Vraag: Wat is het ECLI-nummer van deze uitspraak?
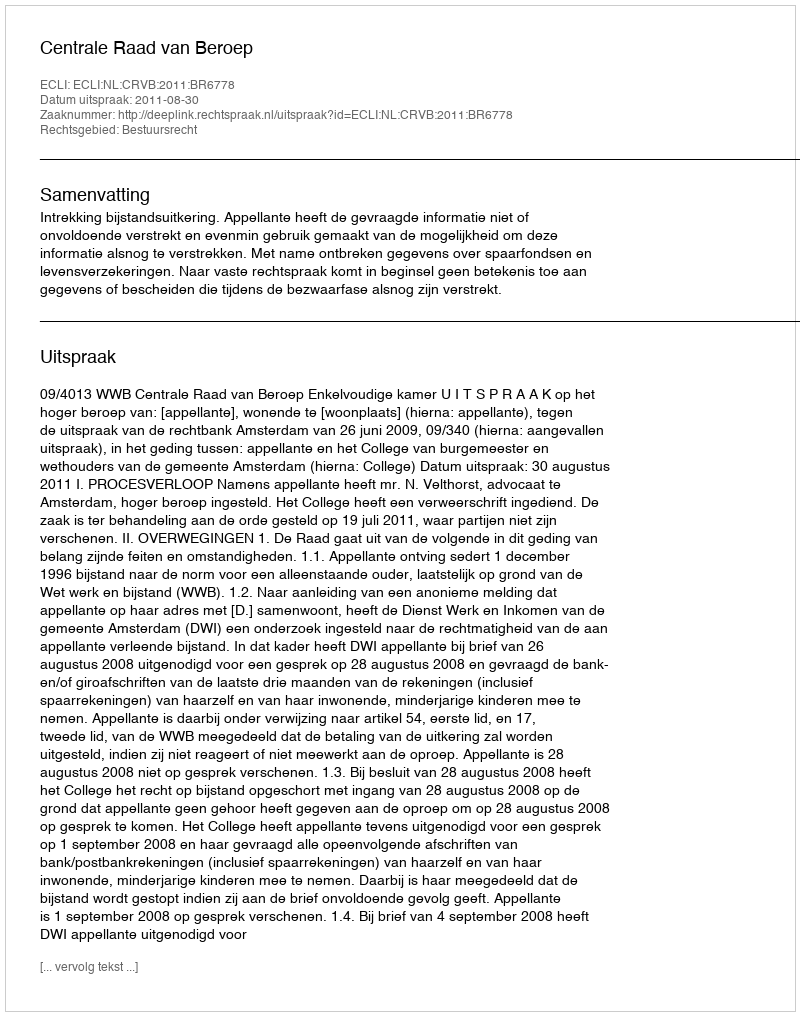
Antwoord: ECLI:NL:CRVB:2011:BR6778